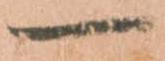
一